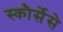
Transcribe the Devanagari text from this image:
स्कौर्सेसे